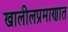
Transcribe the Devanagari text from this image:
खालीलप्रमाणात